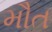
મૌત